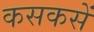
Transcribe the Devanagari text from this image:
कसकसें